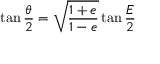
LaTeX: \tan { \frac { \theta } { 2 } } = { \sqrt { \frac { 1 + e } { 1 - e } } } \tan { \frac { E } { 2 } }